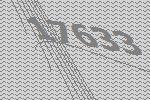
17633